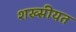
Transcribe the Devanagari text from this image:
शख्सीयत